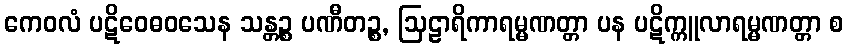
ကေဝလံ ပဋိဝေဓဝသေန သန္တဉ္စ ပဏီတဉ္စ, ဩဠာရိကာရမ္မဏတ္တာ ပန ပဋိက္ကူလာရမ္မဏတ္တာ စ